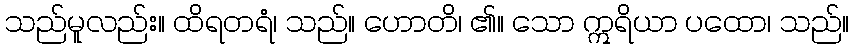
သည်မူလည်း။ ထိရတရံ၊ သည်။ ဟောတိ၊ ၏။ သော ဣရိယာ ပထော၊ သည်။